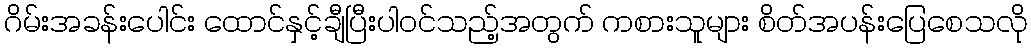
ဂိမ်းအခန်းပေါင်း ထောင်နှင့်ချီပြီးပါဝင်သည့်အတွက် ကစားသူများ စိတ်အပန်းပြေစေသလို